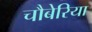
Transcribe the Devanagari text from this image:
चौबेरिया